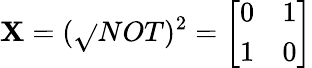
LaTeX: \mathbf{X}=({\sqrt{}{{NOT}}})^{2}={\left[\begin{array}{ll}{0}&{1}\\ {1}&{0}\end{array}\right]}